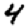
Digit: 4